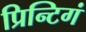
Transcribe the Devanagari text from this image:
प्रिन्टिगं